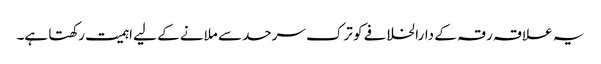
یہ علاقہ رقہ کے دارالخلافے کو ترک سرحد سے ملانے کے لیے اہمیت رکھتا ہے۔